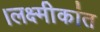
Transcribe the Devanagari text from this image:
।लक्ष्मीकांत